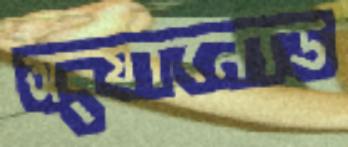
অ্যানোড